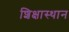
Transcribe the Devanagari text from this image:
शिक्षास्थान